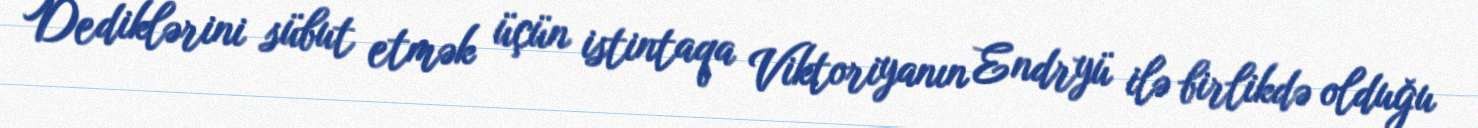
Dediklərini sübut etmək üçün istintaqa Viktoriyanın Endryü ilə birlikdə olduğu